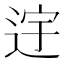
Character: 䢓